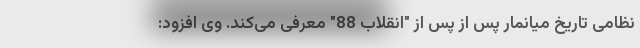
نظامی تاریخ میانمار پس از پس از "انقلاب 88" معرفی می‌کند. وی افزود: